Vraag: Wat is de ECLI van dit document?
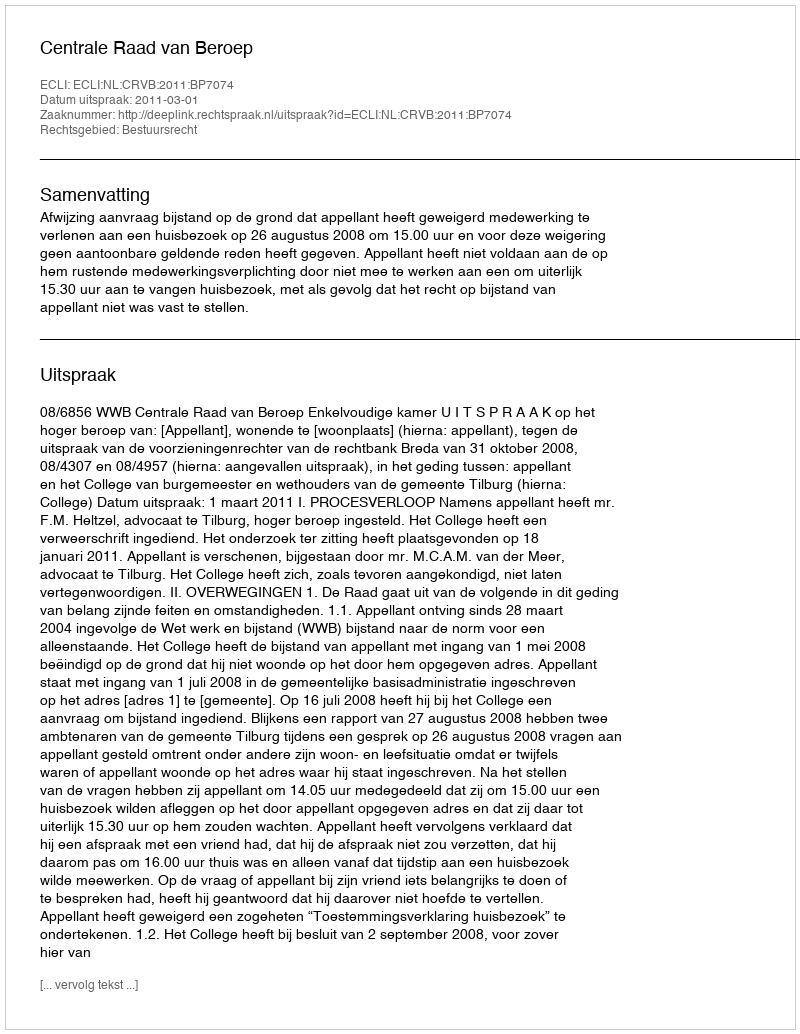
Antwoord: ECLI:NL:CRVB:2011:BP7074